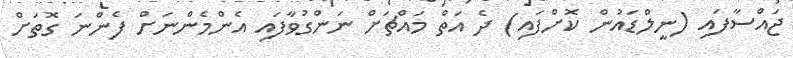
ޖައްސާފައި (ނީލްޑައުން ކޮށްފައި) ދެ އަތް މައްޗަށް ނަންގުވާފައި އެންމެންނަށް ފެންނަ ގޮތަށް